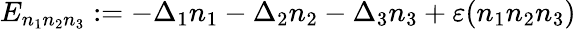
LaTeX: E_{n_{1}n_{2}n_{3}}:=-\Delta_{1}n_{1}-\Delta_{2}n_{2}-\Delta_{3}n_{3}+\varepsilon(n_{1}n_{2}n_{3})